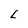
Character: L